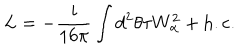
L = - \frac { i } { 1 6 \pi } \int d ^ { 2 } \theta \tau W _ { \alpha } ^ { 2 } + \mathrm { h . c . }